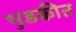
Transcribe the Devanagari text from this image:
भुडकीत